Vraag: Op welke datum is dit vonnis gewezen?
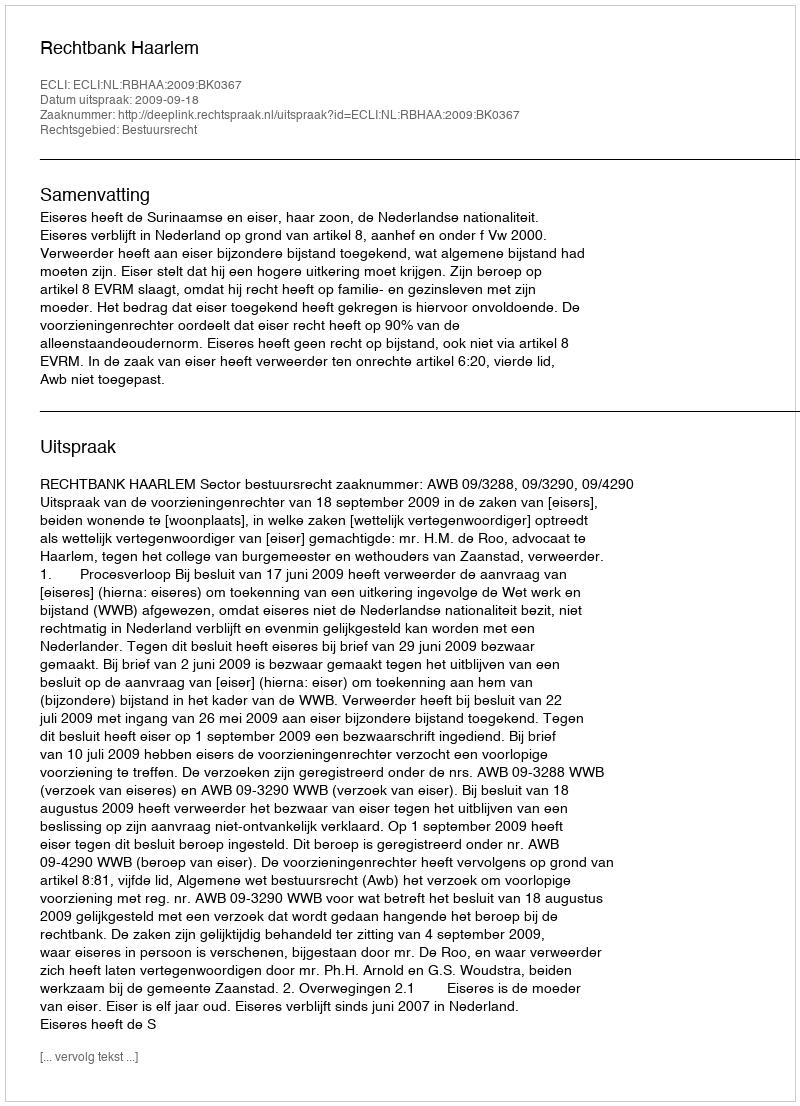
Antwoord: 2009-09-18